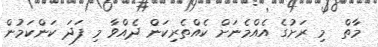
މާތް  މި ރަށުގެ އެއްމެނަށް ކެއްތެރިކަން ދެއްވާ މި ފަދަ ކަންކަމުން